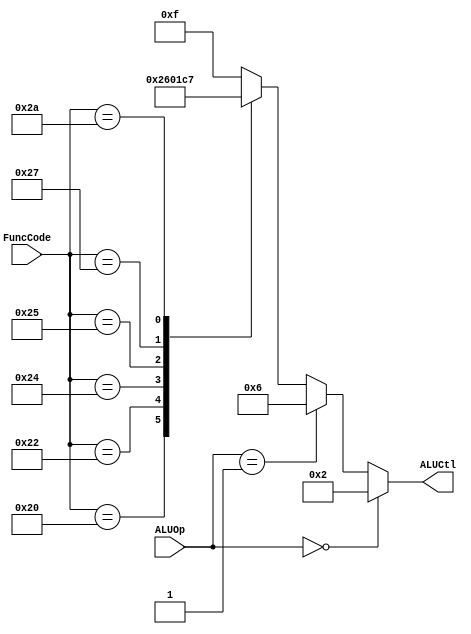
module ALUControl (	
  input wire [1:0] ALUOp,
	input wire [5:0] FuncCode,
	output reg [3:0] ALUCtl);

always @(*) 
	  begin
	    if(ALUOp == 0)
		    ALUCtl = 2;    //LW and SW use add
	    else if(ALUOp == 1)
		    ALUCtl = 6;		// branch use subtract
	    else
	      begin
		 case(FuncCode)
			32: ALUCtl = 2; //add
			34: ALUCtl = 6; //subtract		
			36: ALUCtl = 0; //and	
			37: ALUCtl = 1; //or	
			39: ALUCtl = 12; //nor
			42: ALUCtl = 7; //slt
			default: ALUCtl = 15; //should not happen
		endcase
		    end
	end
	
endmodule